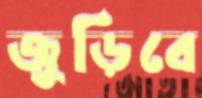
জুড়িবে